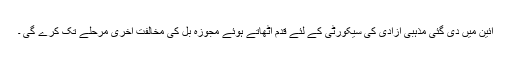
آئین میں دی گئی مذہبی آزادی کی سیکورٹی کے لئے قدم اٹھاتے ہوئے مجوزہ بل کی مخالفت آخری مرحلے تک کرے گی ۔